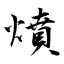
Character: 燌